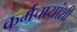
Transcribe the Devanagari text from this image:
कर्मचायांशी